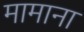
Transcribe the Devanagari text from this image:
मामाना